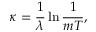
\kappa = { \frac { 1 } { \lambda } } \ln { \frac { 1 } { m T } } ,